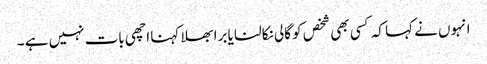
انہوں نے کہا کہ کسی بھی شخص کو گالی نکالنا یا برا بھلا کہنا اچھی بات نہیں ہے ۔